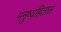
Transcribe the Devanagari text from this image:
मनुष्यहितास